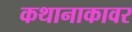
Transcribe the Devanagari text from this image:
कथानाकावर